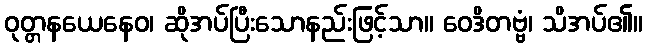
ဝုတ္တနယေနေဝ၊ ဆိုအပ်ပြီးသောနည်းဖြင့်သာ။ ဝေဒိတဗ္ဗံ၊ သိအပ်၏။